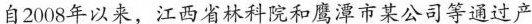
自2008年以来，江西省林科院和鹰潭市某公司等通过产